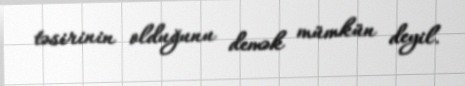
təsirinin olduğunu demək mümkün deyil.